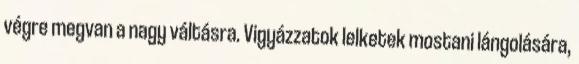
végre megvan a nagy váltásra. Vigyázzatok lelketek mostani lángolására,